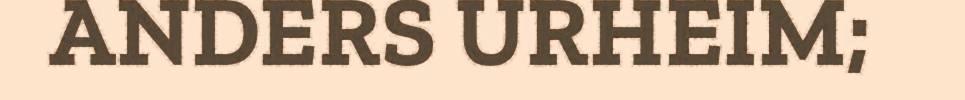
ANDERS URHEIM;